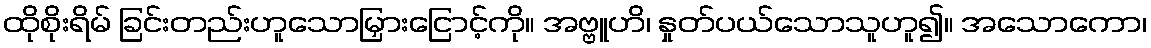
ထိုစိုးရိမ် ခြင်းတည်းဟူသောမြှားငြောင့်ကို။ အဗ္ဗူဟိ၊ နှုတ်ပယ်သောသူဟူ၍။ အသောကော၊